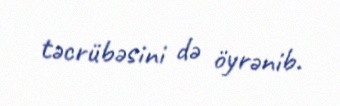
təcrübəsini də öyrənib.